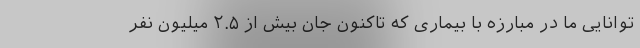
توانایی ما در مبارزه با بیماری که تاکنون جان بیش از ۲.۵ میلیون نفر